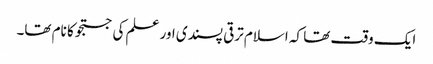
ایک وقت تھا کہ اسلام ترقی پسندی اور علم کی جستجو کا نام تھا۔